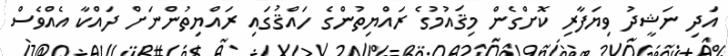
އަދި ނަޝީދު ވިޔަފާރި ކޮށްގެން މިޤައުމުގެ ރައްޔިތުންގެ ހައްޤުގައި ރައްޔިތުންނަށް ދައްކާ އެއްވެސް